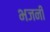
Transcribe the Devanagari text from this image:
भजनीं